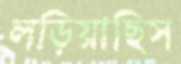
লড়িয়াছিস